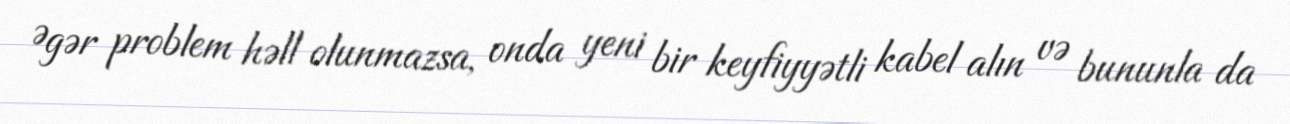
Əgər problem həll olunmazsa, onda yeni bir keyfiyyətli kabel alın və bununla da